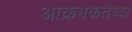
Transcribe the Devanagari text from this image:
आक्रमकतेच्या